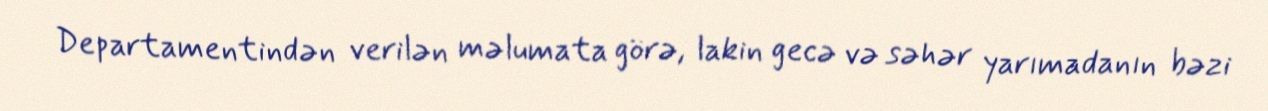
Departamentindən verilən məlumata görə, lakin gecə və səhər yarımadanın bəzi